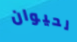
لحيوان